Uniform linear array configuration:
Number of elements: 16
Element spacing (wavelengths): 1
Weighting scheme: kaiser
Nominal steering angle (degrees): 15
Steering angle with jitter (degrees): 15.009
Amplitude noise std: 0.05
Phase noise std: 0.05

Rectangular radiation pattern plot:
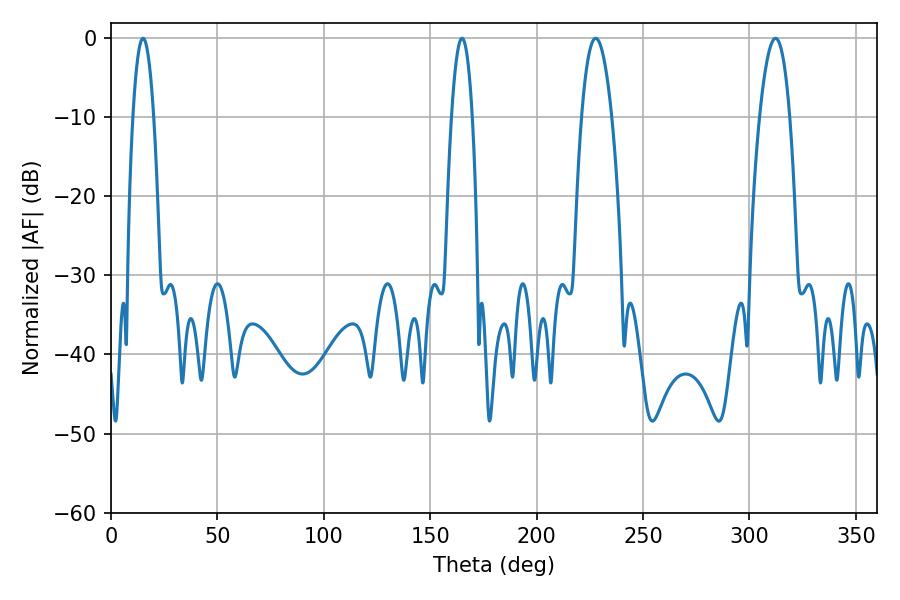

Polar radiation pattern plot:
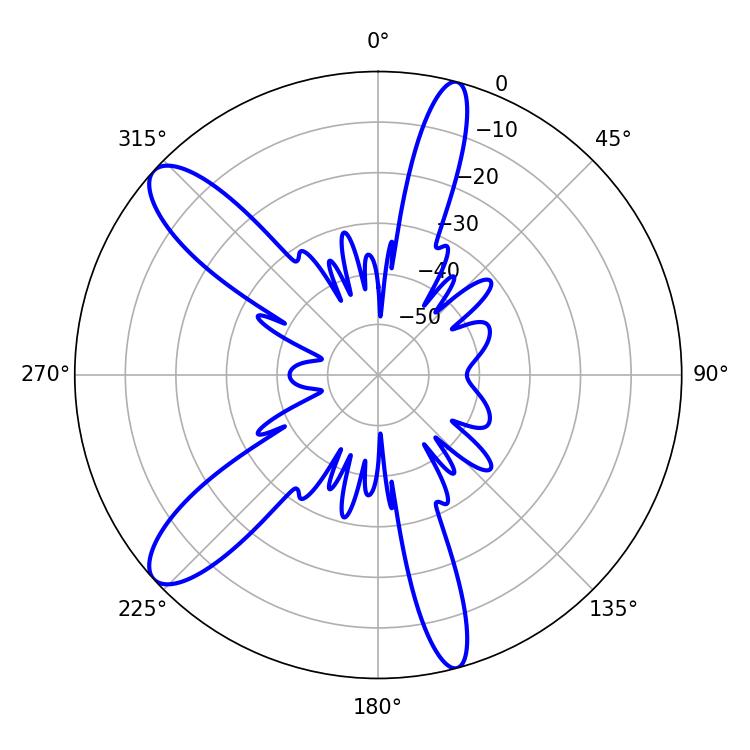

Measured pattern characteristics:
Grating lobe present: TRUE
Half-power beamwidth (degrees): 7.92
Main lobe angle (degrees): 227.7